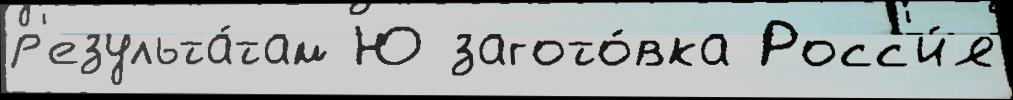
р'езульта́там Ю загото́вка Росс'и́я